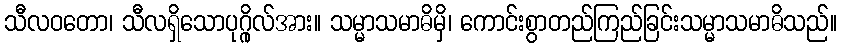
သီလဝတော၊ သီလရှိသောပုဂ္ဂိုလ်အား။ သမ္မာသမာဓိမှိ၊ ကောင်းစွာတည်ကြည်ခြင်းသမ္မာသမာဓိသည်။